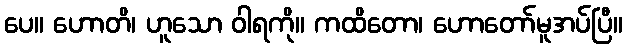
ပေ။ ဟောတိ၊ ဟူသော ဝါရကို။ ကထိတော၊ ဟောတော်မူအပ်ပြီ။